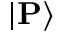
| \mathbf { P } \rangle